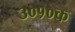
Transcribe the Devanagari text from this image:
३०१०क